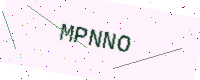
Text: MPNNO